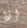
إذا